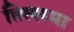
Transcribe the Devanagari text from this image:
तिलस्मा